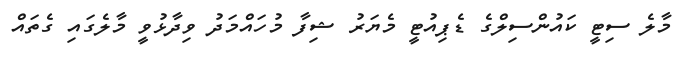
މާލެ ސިޓީ ކައުންސިލްގެ ޑެޕިއުޓީ މެޔަރު ޝިފާ މުހައްމަދު ވިދާޅުވީ މާލެގައި ގެތައް